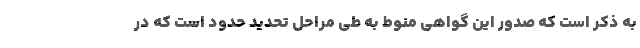
به ذکر است که صدور این گواهی منوط به طی مراحل تحدید حدود است که در